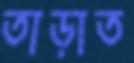
তাড়াত